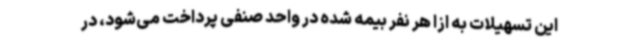
این تسهیلات به ازا هر نفر بیمه شده در واحد صنفی پرداخت می‌شود، در